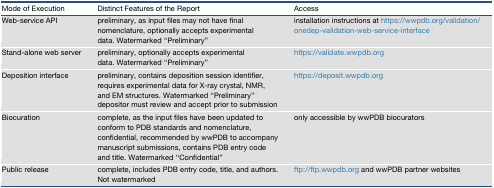
| Mode of Execution | Distinct Features of the Report | Access |
 | --- | --- | --- |
 | Web-service API | preliminary, as input files may not have final nomenclature, optionally accepts experimental data. Watermarked “Preliminary” | installation instructions at https://wwpdb.org/validation/onedep-validation-web-service-interface |
 | Stand-alone web server | preliminary, optionally accepts experimental data. Watermarked “Preliminary” | https://validate.wwpdb.org |
 | Deposition interface | preliminary, contains deposition session identifier, requires experimental data for X-ray crystal, NMR, and EM structures. Watermarked “Preliminary”depositor must review and accept prior to submission | https://deposit.wwpdb.org |
 | Biocuration | complete, as the input files have been updated to conform to PDB standards and nomenclature, confidential, recommended by wwPDB to accompany manuscript submissions, contains PDB entry code and title. Watermarked “Confidential” | only accessible by wwPDB biocurators |
 | Public release | complete, includes PDB entry code, title, and authors. Not watermarked | ftp://ftp.wwpdb.org and wwPDB partner websites |